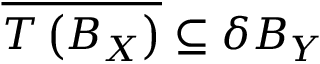
{ \overline { { T \left( B _ { X } \right) } } } \subseteq \delta B _ { Y }